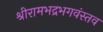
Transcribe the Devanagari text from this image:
श्रीरामभद्रभगवंस्तव